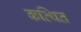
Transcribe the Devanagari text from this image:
कत्थित